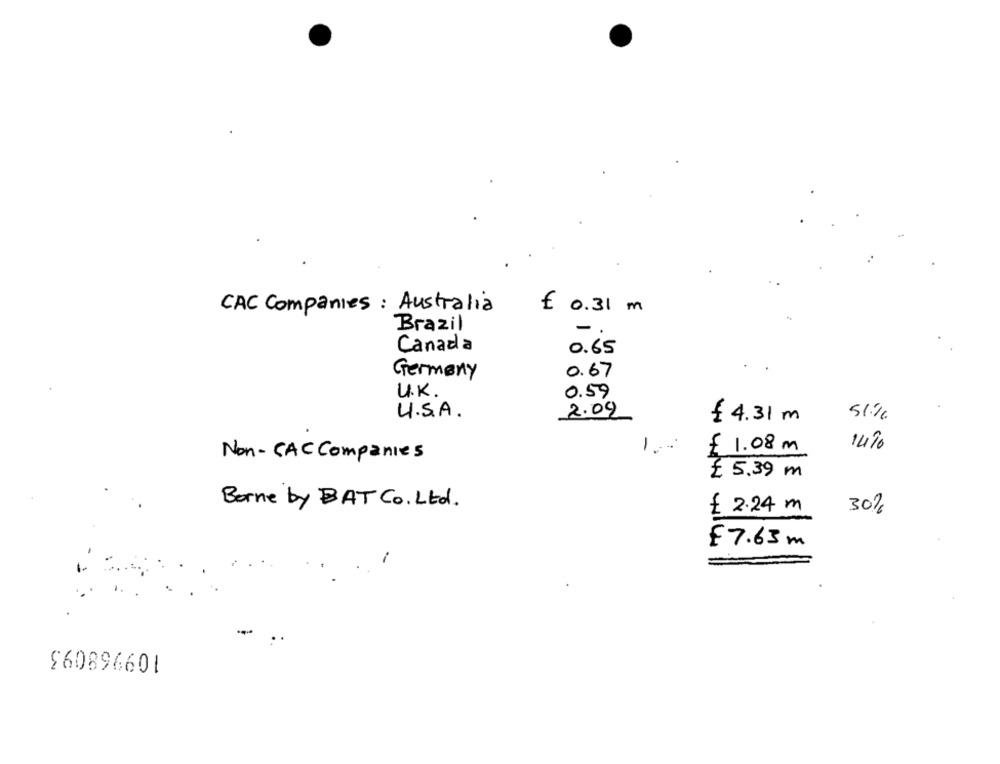
CAC Companies : Australia
€ 0.31 m
Brazil
Canada
0.65
Germany
0.67
U.K.
0.59
U.S.A.
2.09
₹ 4.31 m
51%
-
£ 1.08 m
14%
Non - CAC Companies
£ 5.39 m
Borne by BAT Co. Ltd.
£ 2.24 m
30%
£7.63m
$60896601